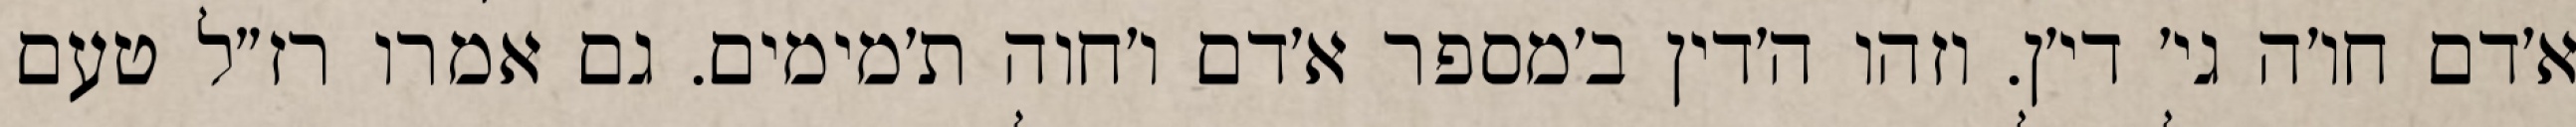
א׳דם חו׳ה גי׳ די׳ן. וזהו ה׳דין ב׳מספר א׳דם ו׳חוה ת׳מימים. גם אמרו רז״ל טעם